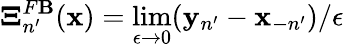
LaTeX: \boldsymbol{\Xi}_{n^{\prime}}^{F\mathbf{B}}({\mathbf{x}})=\operatorname*{lim}_{\epsilon\to0}({\mathbf{y}}_{n^{\prime}}-{\mathbf{x}}_{-n^{\prime}})/\epsilon